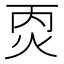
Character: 㶮